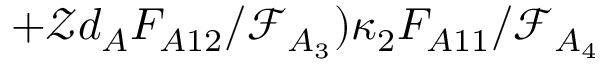
+ \mathcal { Z } d _ { A } F _ { A 1 2 } / \mathcal { F } _ { A _ { 3 } } ) \kappa _ { 2 } F _ { A 1 1 } / \mathcal { F } _ { A _ { 4 } }